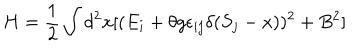
LaTeX: H = \frac { 1 } { 2 } \int d ^ { 2 } x [ ( E _ { i } + \theta g \epsilon _ { i j } \delta ( S _ { j } - x ) ) ^ { 2 } + B ^ { 2 } ]